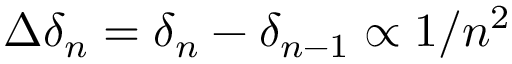
\Delta \delta _ { n } = \delta _ { n } - \delta _ { n - 1 } \propto 1 / n ^ { 2 }